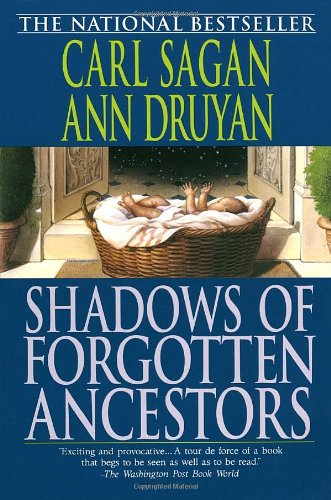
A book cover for Shadows of Forgotten Ancestors; Carl Sagan; Science & Math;